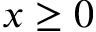
x \ge 0